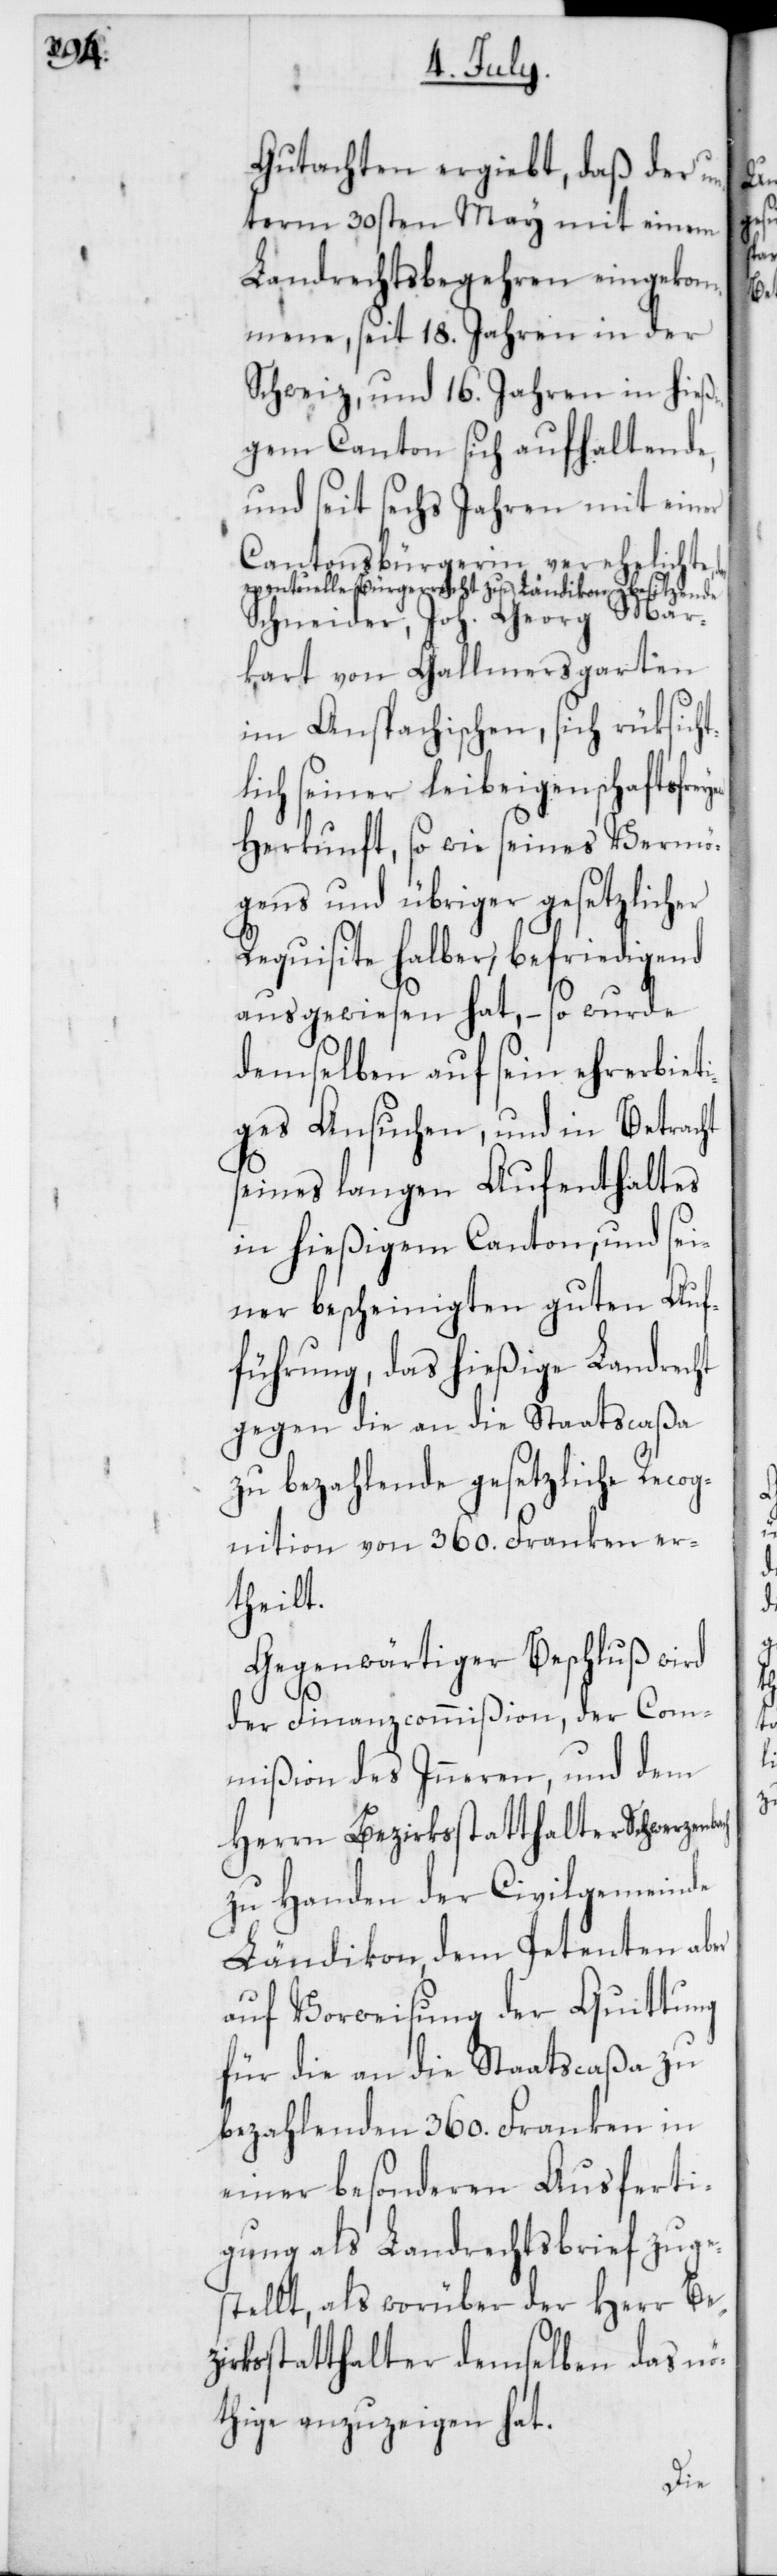
Gutachten ergiebt, daß der un¬
term 30sten May mit einem
Landrechtsbegehren eingekom¬
mene, seit 18. Jahren in der
Schweiz, und 16. Jahren in hieß¬
igem Canton sich aufhaltende,
und seit sechs Jahren mit einer
Cantonsbürgerin verehelichte,
eventuelle Bürgerrecht zu Ländikon besitzende
Schneider, Joh. Georg Mar¬
kart von Gallmersgarten
im Anspachischen, sich rüksich¬
lich seiner leibeigenschaftsfrey¬
Herkunft, so wie seines Vermö¬
gens und übriger gesetzlicher
Requisite halber, befriedigend
ausgewiesen hat, so wurde
demselben auf sein ehrerbiet¬
iges Ansuchen, und in Betracht
seines langen Aufenthaltes
in hießigem Canton, und sei¬
ner bescheinigten guten Auf¬
führung, das hießige Landrecht
gegen die an die Staatscaßa
zu bezahlende gesetzliche Recog¬
nition von 360. Franken er¬
theilt.
Gegenwärtiger Beschluß wird
ch
der Finanzcommißion, der Com¬
mißion des Inneren, und dem
Herrn Bezirksstatthalter Schwerzenba¬
zu Handen der Civilgemeinde
Ländikon, dem Petenten aber
auf Vorweisung der Quittung
für die an die Staatscaßa zu
bezahlenden 360. Franken in
einer besonderen Ausferti¬
gung als Landrechtsbrief zuge¬
stellt, als worüber der Herr Bez¬
irksstatthalter demselben das nö¬
thige anzuzeigen hat.